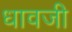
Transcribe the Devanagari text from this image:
धावजी